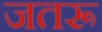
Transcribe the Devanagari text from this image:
जतरू